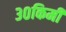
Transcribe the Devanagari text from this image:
३०किमी